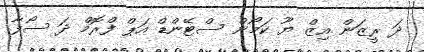
ދަ ރީޒަން އިޒް ޔޫ ކަމޯން ސްޓޭންޑް އަޕް ފްރޮމް ދަ ސޯފާ